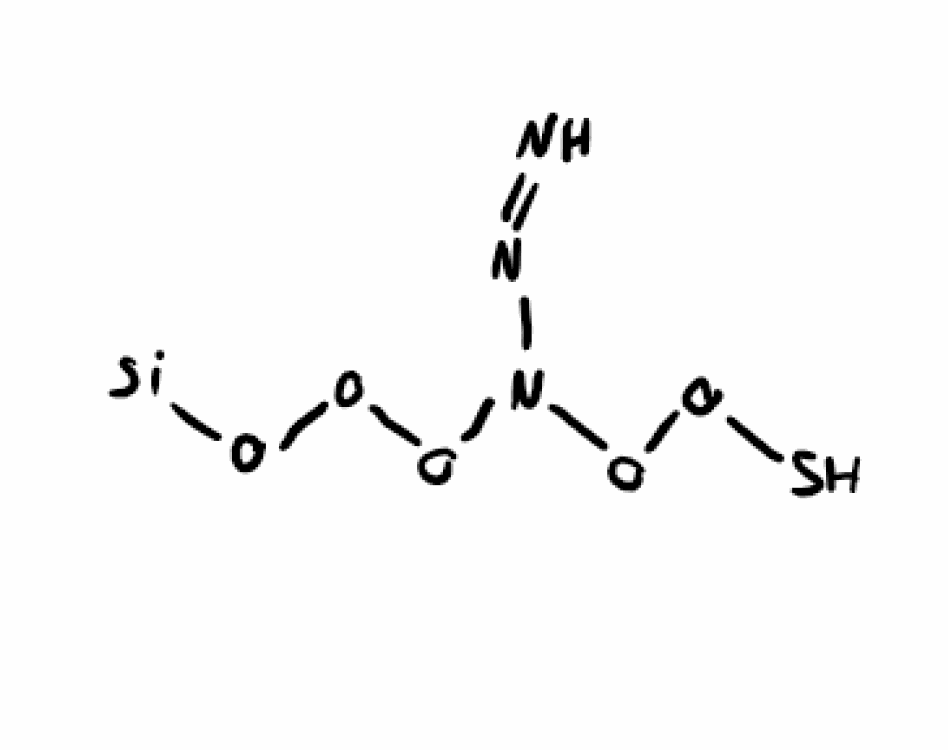
Simplified molecular-input line-entry system (SMILES) notation of the given molecule:
N=NN(OOO[Si])OOS